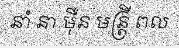
នាំ នា ម៉ឺន មន្ត្រី ពល